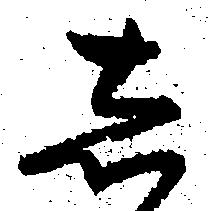
し